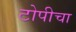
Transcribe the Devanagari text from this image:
टोपीचा